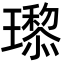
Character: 𬎙